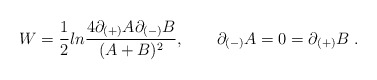
\begin{align*} W = {1 \over 2} ln {{4 \partial_{(+)} A \partial_{(-)} B} \over {(A+B)^2}}, \qquad\partial_{(-)} A = 0 = \partial_{(+)} B \; .\end{align*}